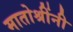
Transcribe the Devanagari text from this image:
मातोश्रींनी